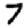
Digit: 7